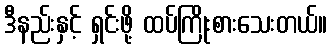
ဒီနည်းနှင့် ရှင်းဖို့ ထပ်ကြိုးစားသေးတယ်။